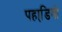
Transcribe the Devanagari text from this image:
पहाडि़यो